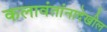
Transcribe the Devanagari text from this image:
कलावंतांनादेखील